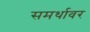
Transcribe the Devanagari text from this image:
समर्थावर